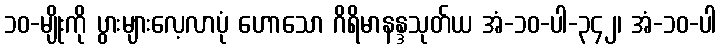
၁၀-မျိုးကို ပွားများလေ့လာပုံ ဟောသော ဂိရိမာနန္ဒသုတ်ယ အံ-၁၀-ပါ-၃၄၂၊ အံ-၁၀-ပါ